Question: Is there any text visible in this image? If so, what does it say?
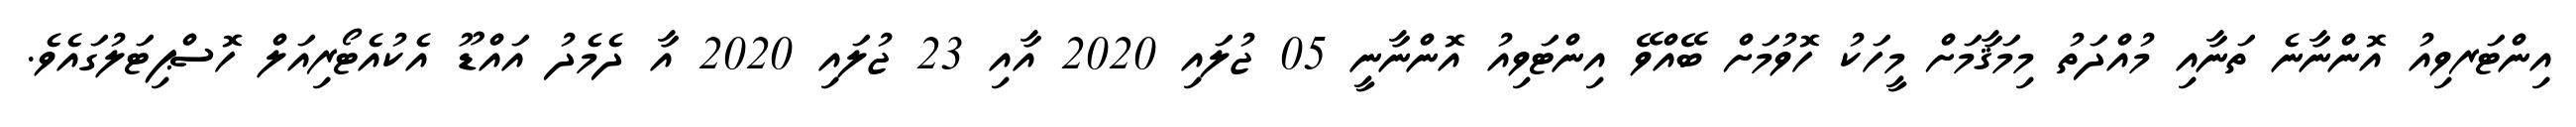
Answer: އިންޓަރވިއު އޮންނާނެ ތަނާއި މުއްދަތު މިމަޤާމަށް މީހަކު ހޮވުމަށް ބޭއްވޭ އިންޓަވިއު އޮންނާނީ 05 ޖުލައި 2020 އާއި 23 ޖުލައި 2020 އާ ދެމެދު އައްޑޫ އެކުއެޓޯރިއަލް ހޮސްޕިޓަލުގައެވެ.